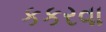
કકરવા